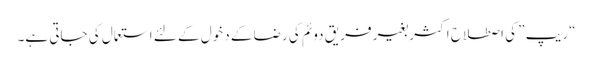
“ریپ ” کی اصطلاح اکثر بغیر فریق دوئم کی رضا کے دخول کے لئے استعمال کی جاتی ہے۔